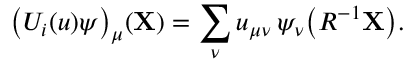
\bigl ( U _ { i } ( u ) \psi \bigr ) _ { \mu } ( { \mathbf { X } } ) = \sum _ { \nu } u _ { \mu \nu } \, \psi _ { \nu } \bigl ( R ^ { - 1 } { \mathbf { X } } \bigr ) .